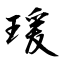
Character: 瑗